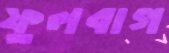
ফুলবাগ